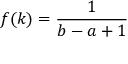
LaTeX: f ( k ) = { \frac { 1 } { b - a + 1 } }